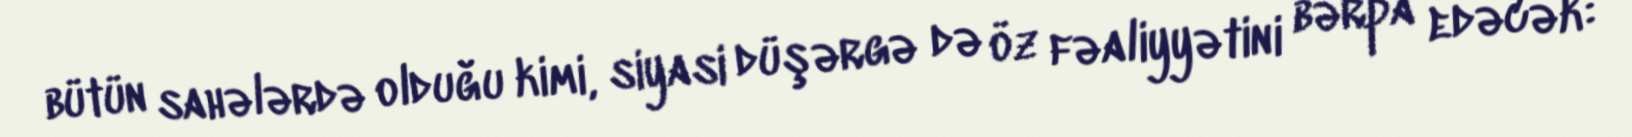
bütün sahələrdə olduğu kimi, siyasi düşərgə də öz fəaliyyətini bərpa edəcək: